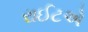
રાઈટએ